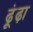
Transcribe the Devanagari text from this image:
ढ़ूंढ़ा